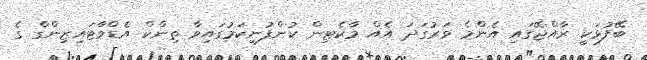
ބޭފުޅަކީ ރާއްޖޭގައި އެންމެ ވަރުގަދަ އެއް މާކެޓިން ކުންފުނިކަމުގައިވާ ތިންކް އެޑްވާޓައިޒިންގް ގެ